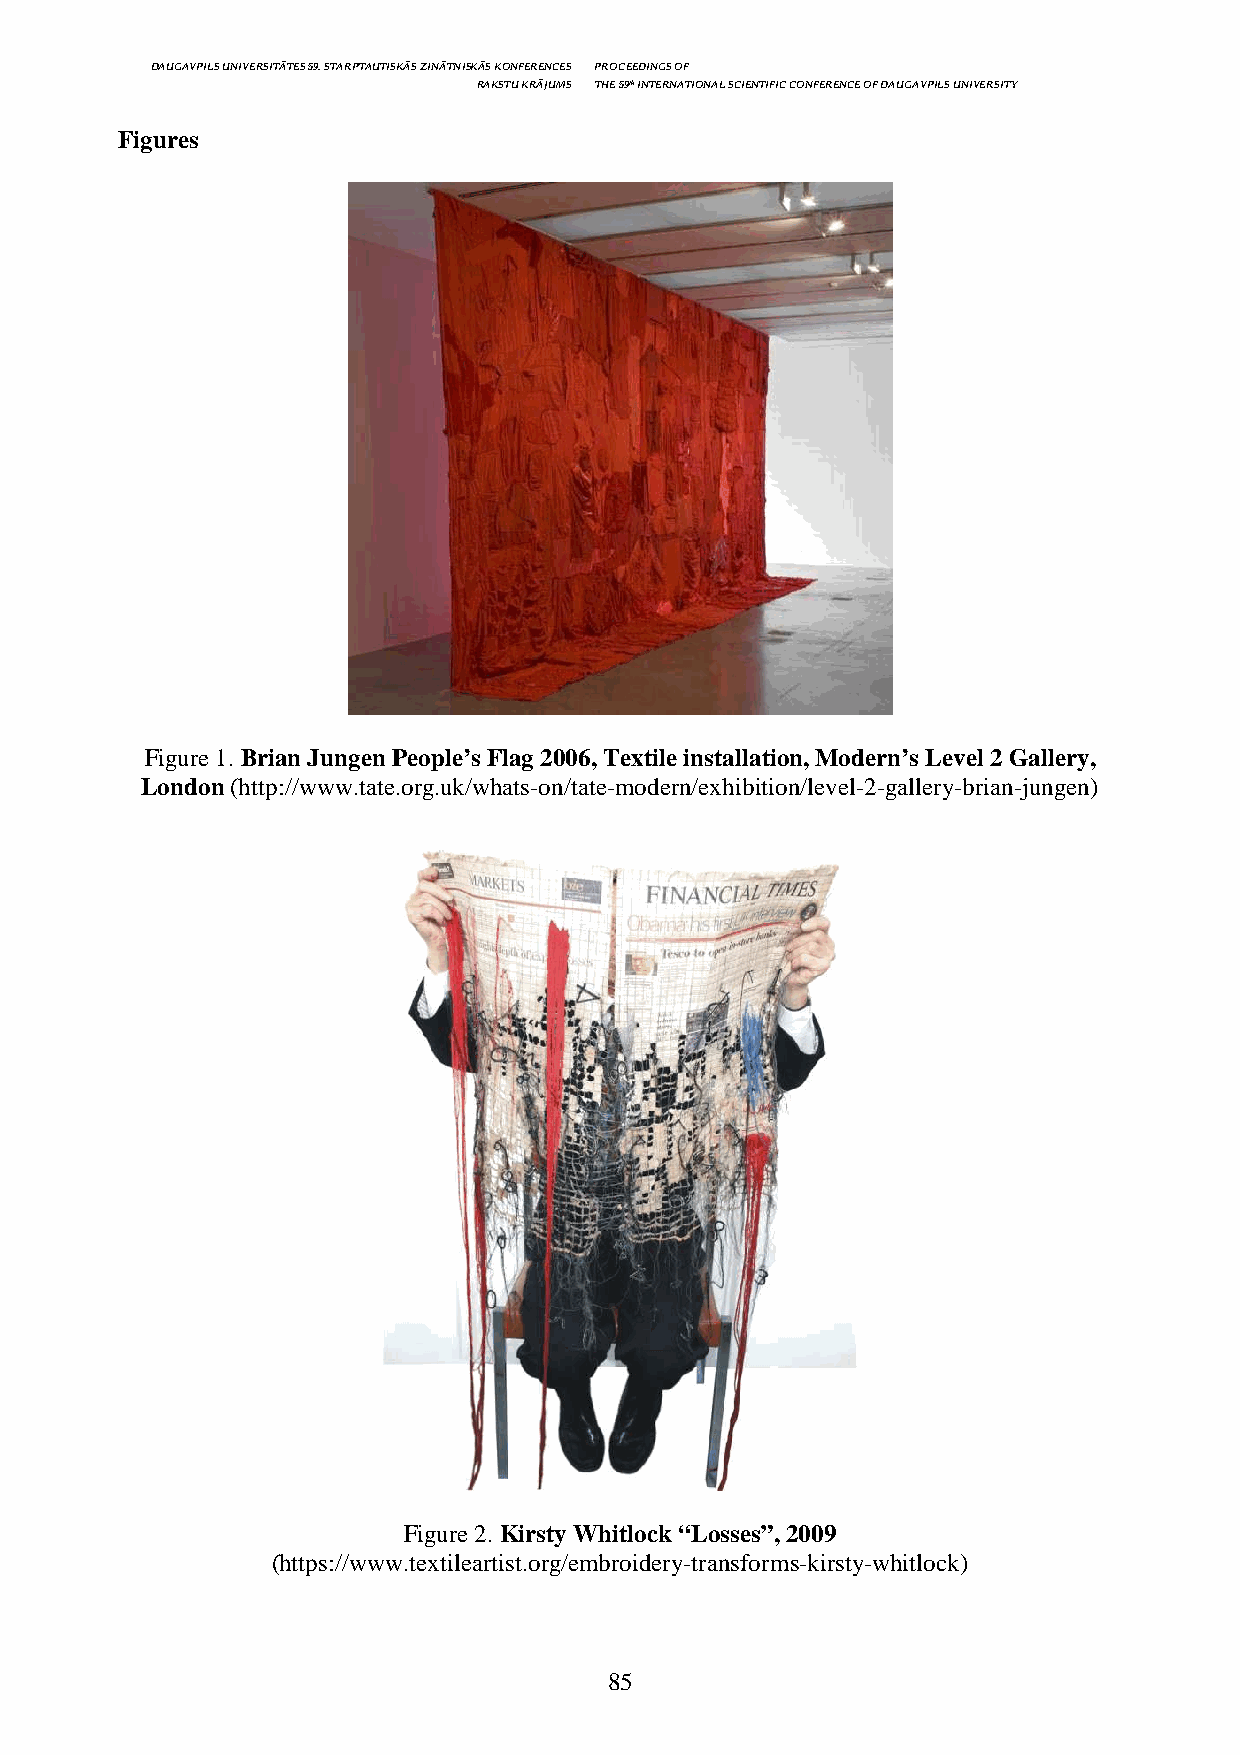
DAUGAVPILS UNIVERSITĀTES 59. STARPTAUTISKĀS ZINĀTNISKĀS KONFERENCES PROCEEDINGS OF
 RAKSTU KRĀJUMS THE 59th INTERNATIONAL SCIENTIFIC CONFERENCE OF DAUGAVPILS UNIVERSITY
 Figures
 Figure 1. Brian Jungen People’s Flag 2006, Textile installation, Modern’s Level 2 Gallery,
 London (http://www.tate.org.uk/whats-on/tate-modern/exhibition/level-2-gallery-brian-jungen)
 Figure 2. Kirsty Whitlock “Losses”, 2009
 (https://www.textileartist.org/embroidery-transforms-kirsty-whitlock)
 85